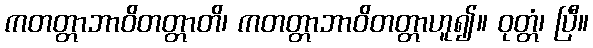
ကတတ္တာဘာဝိတတ္တာတိ၊ ကတတ္တာဘာဝိတတ္တာဟူ၍။ ဝုတ္တံ၊ ပြီ။